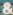
&